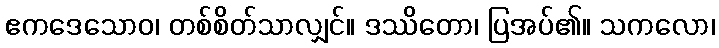
ဧကဒေသောဝ၊ တစ်စိတ်သာလျှင်။ ဒဿိတော၊ ပြအပ်၏။ သကလော၊